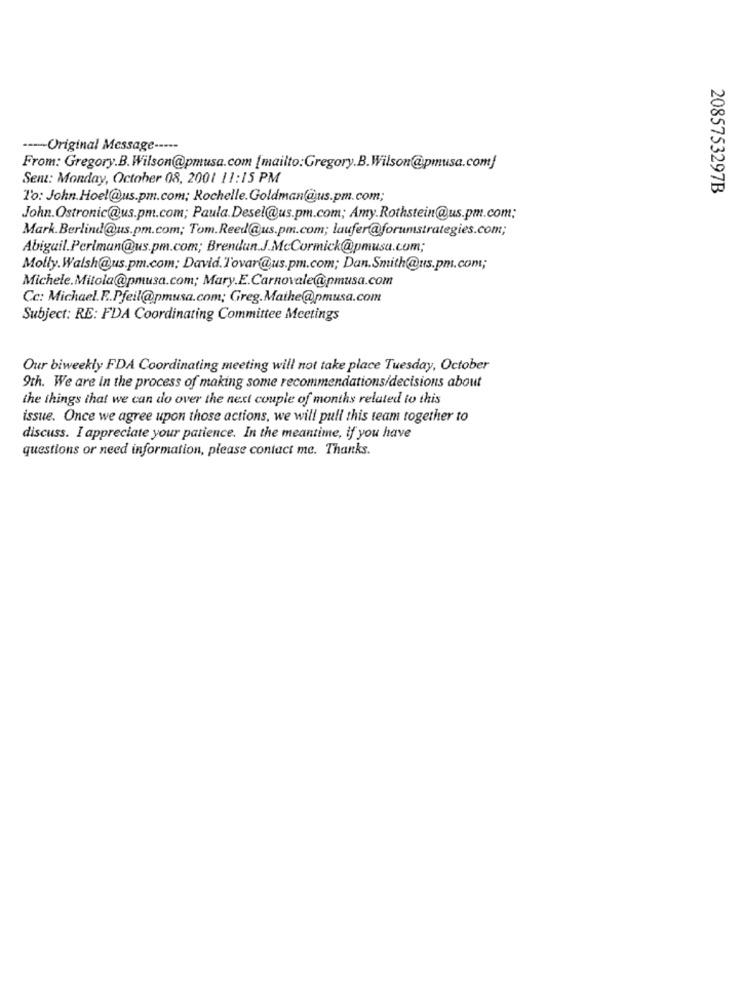
----- Original Message -----
From: Gregory.B.Wilson@pmusa.com [mailto:Gregory.B.Wilson@pmusa.com/
Sent: Monday, October 08, 2001 11:15 PM
2085753297B
1%: John.Hoel@us.pm.com; Rochelle.Goldman@us.pm.com;
John.Ostronic@us.pm.com; Paula.Desel@us.pm.com; Amy.Rothstein@us.pm.com;
Mark.Berlind@us.pm.com; Tom.Reed@us.pm.com; laufer@forumstrategies.com;
Abigail.Perlman@us.pm.com; Brendan.J.McCormick@pmusa.com;
Molly.Walsh@us.pm.com: David.Tovar@us.pm.com; Dan.Smith@us.pm.com;
Michele.Mitola@pmusa.com; Mary.E.Carnovale@pmusa.com
Cc: Michael.F .. Pfeil@pmusa.com; Greg.Mathe@pmusa.com
Subject: RE: FDA Coordinating Committee Meetings
Our biweekly FDA Coordinating meeting will not take place Tuesday, October
9th. We are in the process of making some recommendations/decisions about
the things that we can do over the next couple of months related to this
issue. Once we agree upon those actions, we will pull this team together to
discuss. I appreciate your patience. In the meantime, if you have
questions or need information, please contact me. Thanks.